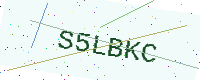
Text: S5LBKC